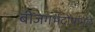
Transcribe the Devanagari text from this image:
बीजगर्भदोषांमुळे